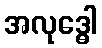
အလုဒ္ဓေါ